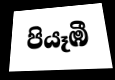
පියෑඹී